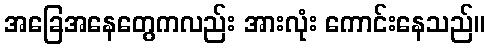
အခြေအနေတွေကလည်း အားလုံး ကောင်းနေသည်။